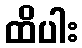
ထိပါး